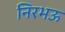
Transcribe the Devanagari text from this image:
निरभऊ